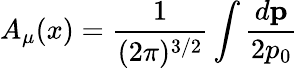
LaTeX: A_{\mu}(x)=\frac 1{(2\pi)^{3/2}}\int\frac{d{\mathbf p}}{2p_{0}}